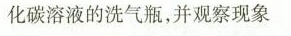
化碳溶液的洗气瓶，并观察现象